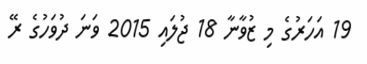
19 އަހަރުގެ މި ޒުވާނާ 18 ޖުލައި 2015 ވަނަ ދުވަހުގެ ރޭ